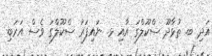
އަދި ބ. ތުޅާދޫ ސްކޫލްގަ އާއި ޅ. ނައިފަރު ސްކޫލްގަ ވެސް އަރަބި